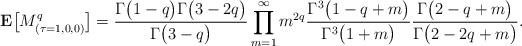
LaTeX: \begin{align*}{\bf E}\bigl[M_{(\tau=1,0,0)}^q\bigr] =\frac{\Gamma\bigl(1-q\bigr)\Gamma\bigl(3-2q\bigr)}{\Gamma\bigl(3-q\bigr)}\prod\limits_{m=1}^\infty m^{2q}\frac{\Gamma^3\bigl(1-q+m\bigr)}{\Gamma^3\bigl(1+m\bigr)}\frac{\Gamma\bigl(2-q+m\bigr)}{\Gamma\bigl(2-2q+m\bigr)}.\end{align*}